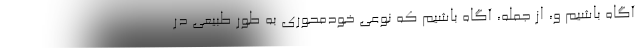
آگاه باشیم و، از جمله، آگاه باشیم که نوعی خودمحوری به طور طبیعی در